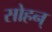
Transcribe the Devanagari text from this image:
सोहन्